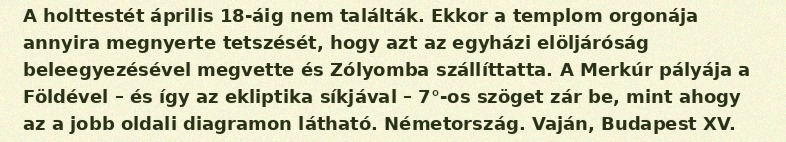
A holttestét április 18-áig nem találták. Ekkor a templom orgonája annyira megnyerte tetszését, hogy azt az egyházi elöljáróság beleegyezésével megvette és Zólyomba szállíttatta. A Merkúr pályája a Földével – és így az ekliptika síkjával – 7°-os szöget zár be, mint ahogy az a jobb oldali diagramon látható. Németország. Vaján, Budapest XV.